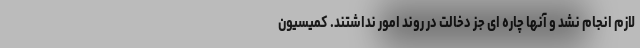
لازم انجام نشد و آنها چاره ای جز دخالت در روند امور نداشتند. کمیسیون